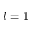
l = 1